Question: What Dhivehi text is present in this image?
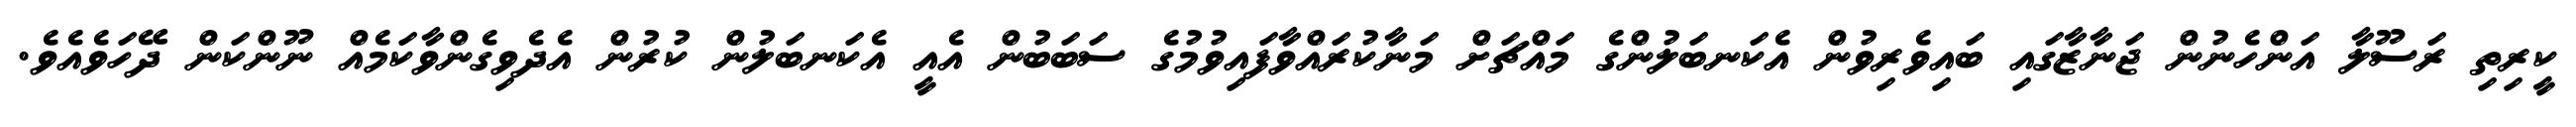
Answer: ކީރިތި ރަސޫލާ އަންހެނުން ޖަނާޒާގައި ބައިވެރިވުން އެކަނބަލުންގެ މައްޗަށް މަނާކުރައްވާފައިވުމުގެ ސަބަބުން އެއީ އެކަނބަލުން ކުރުން އެދެވިގެންވާކަމެއް ނޫންކަން ދޭހަވެއެވެ.